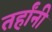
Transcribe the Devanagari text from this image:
तर्हांनी